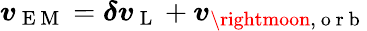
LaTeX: \boldsymbol{v}_{\mathrm{~E~M~}}=\boldsymbol{\delta v}_{\mathrm{~L~}}+\boldsymbol{v}_{\rightmoon,\mathrm{~o~r~b~}}